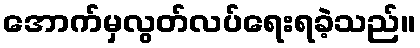
အောက်မှလွတ်လပ်ရေးရခဲ့သည်။